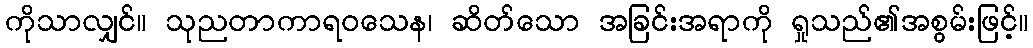
ကိုသာလျှင်။ သုညတာကာရဝသေန၊ ဆိတ်သော အခြင်းအရာကို ရှုသည်၏အစွမ်းဖြင့်။